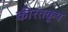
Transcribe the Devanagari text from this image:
कीरतकूप